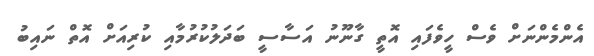
އެންމެންނަށް ވެސް ހީވެފައި އޮތީ ގާނޫނު އަސާސީ ބަދަލުކުރުމާއި ކުރިއަށް އޮތް ނައިބު